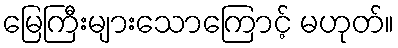
မြေကြီးများသောကြောင့် မဟုတ်။